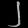
Digit: ၂